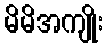
မိမိအကျိုး